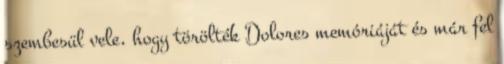
szembesül vele, hogy törölték Dolores memóriáját és már fel